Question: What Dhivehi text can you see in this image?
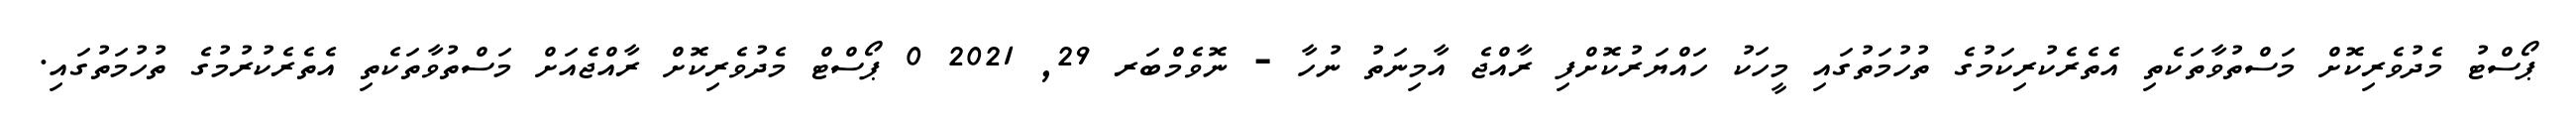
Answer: ޕޯސްޓު މެދުވެރިކޮށް މަސްތުވާތަކެތި އެތެރެކުރިކަމުގެ ތުހުމަތުގައި މީހަކު ހައްޔަރުކޮށްފި ރާއްޖެ އާމިނަތު ނުހާ - ނޮވެމްބަރ 29, 2021 0 ޕޯސްޓް މެދުވެރިކޮށް ރާއްޖެއަށް މަސްތުވާތަކެތި އެތެރެކުރުމުގެ ތުހުމަތުގައި.